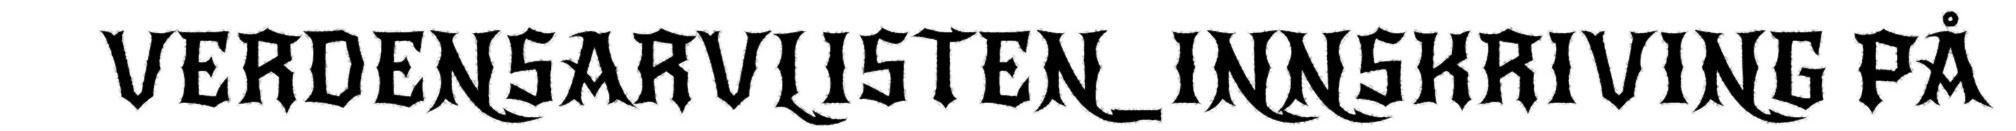
VERDENSARVLISTEN_INNSKRIVING PÅ